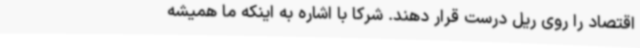
اقتصاد را روی ریل درست قرار دهند. شرکا با اشاره به اینکه ما همیشه